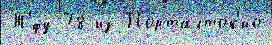
Т'́фу 78 из Порталток'ио